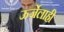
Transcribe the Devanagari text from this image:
ऊर्जेलाही